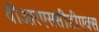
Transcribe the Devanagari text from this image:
वीआरएससीडीएक्स